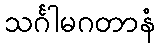
သင်္ဂါမဂတာနံ